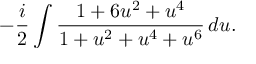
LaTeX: - { \frac { i } { 2 } } \int { \frac { 1 + 6 u ^ { 2 } + u ^ { 4 } } { 1 + u ^ { 2 } + u ^ { 4 } + u ^ { 6 } } } \, d u .